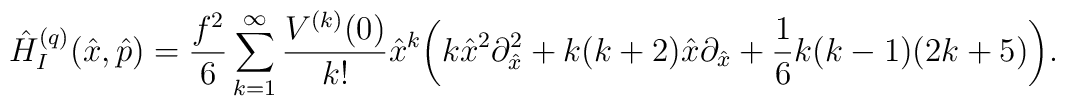
\hat H^{(q)}_I(\hat x,\hat p)=\frac{f^2}{6}\sum_{k=1}^\infty \frac{V^{(k)}(0)}{k!}\hat x^k\biggl(k \hat x^2 \partial^2_{\hat x} +  k(k+2) \hat x \partial_{\hat x}+\frac{1}{6}k(k-1)(2k+5)\biggr).